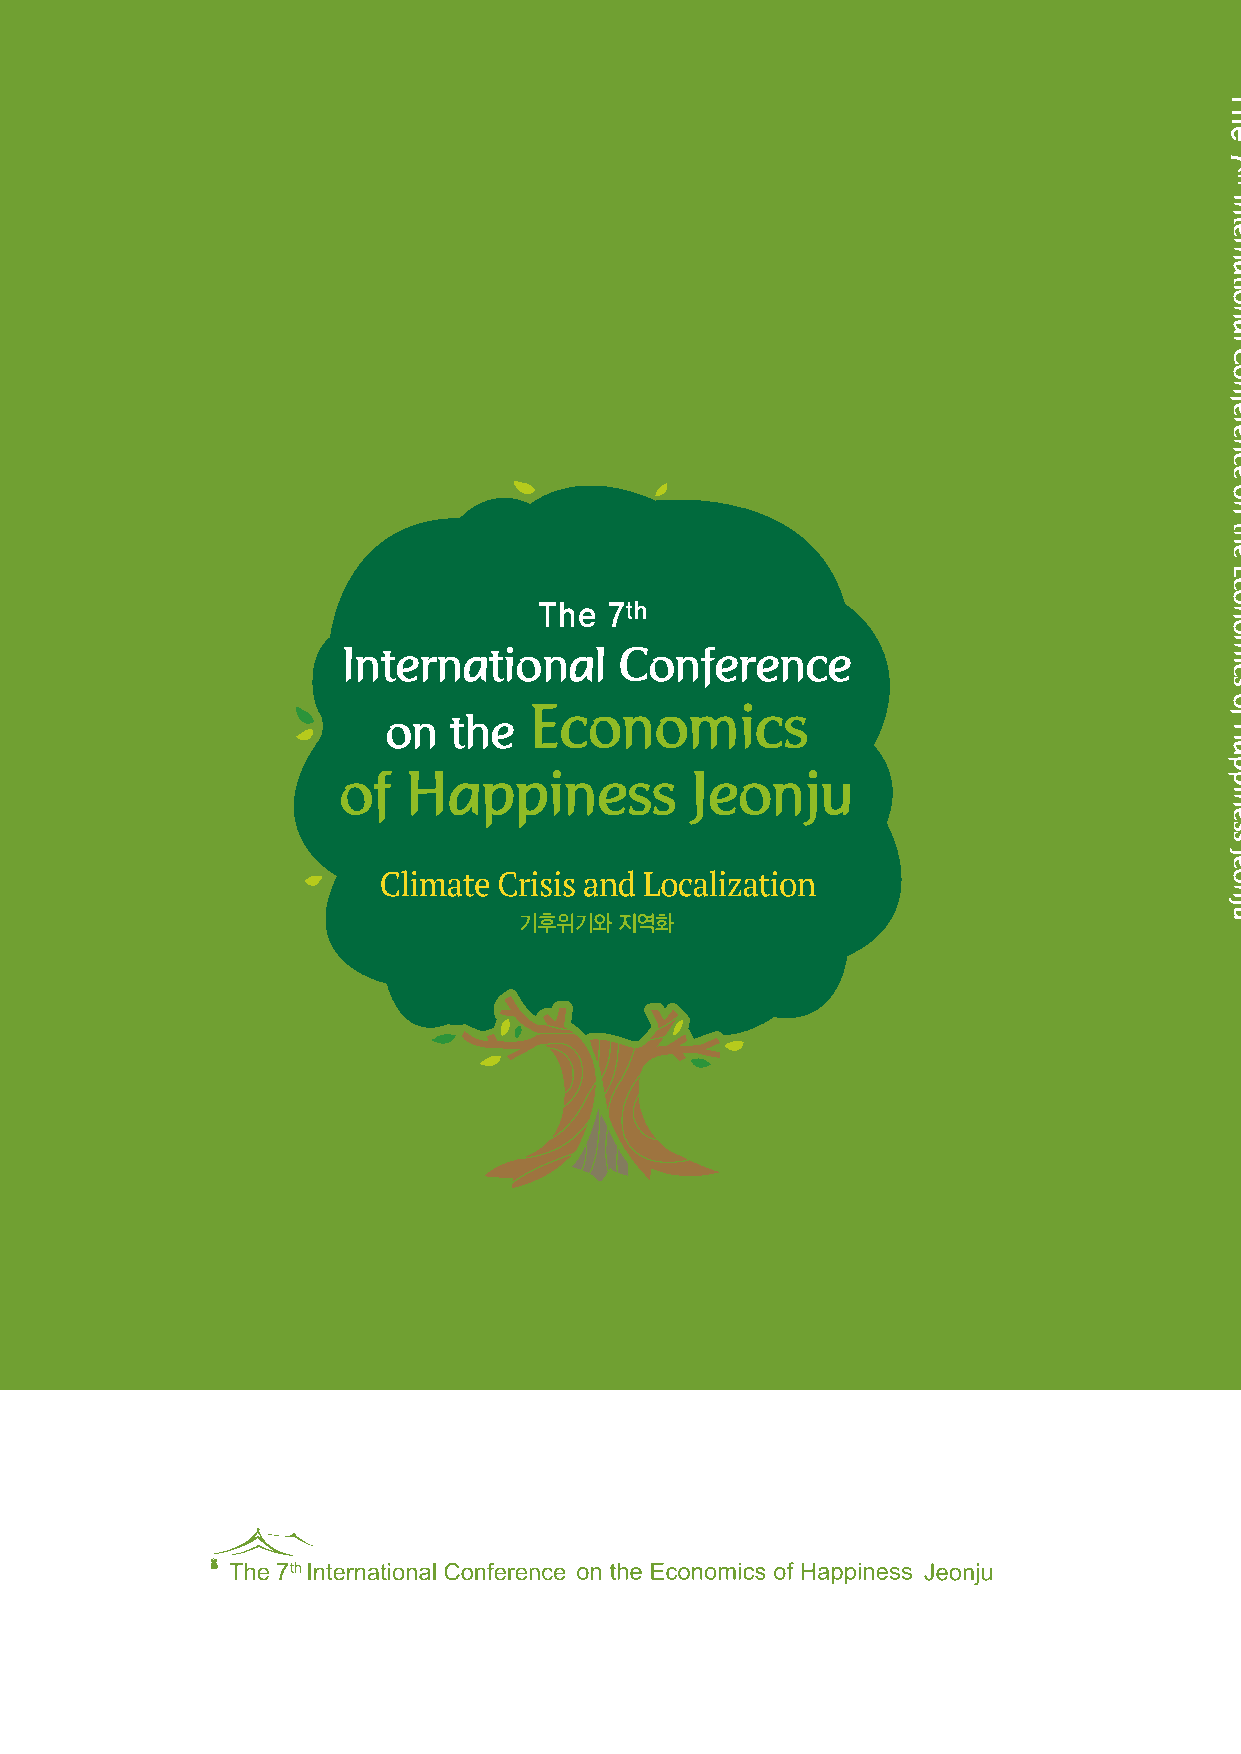
제7회 행복의 경제학 국제회의 전주                                         기후위기와 지역화
 The    7th
 International             Conference
 Economics
 on    the
 of    Happiness                 Jeonju
 The 7th
 International     Conference
 Economics
 on  the
 of  Happiness          Jeonju
 1
 The
 7
 th
 International
 Conference
 on
 the
 Economics
 of
 Happiness
 Jeonju